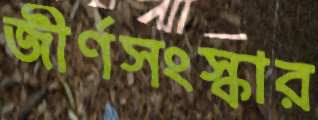
জীর্ণসংস্কার